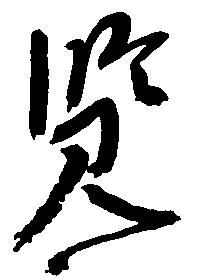
覧